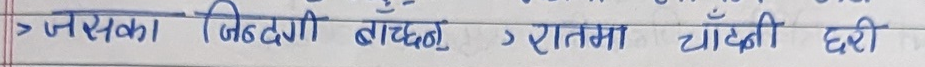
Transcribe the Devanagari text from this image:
> जनसङ्का जिन्दगी बाचद्धु > रातमा चौँथी घरी